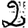
Digit: 2